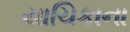
યાચિકાના